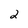
Character: 2